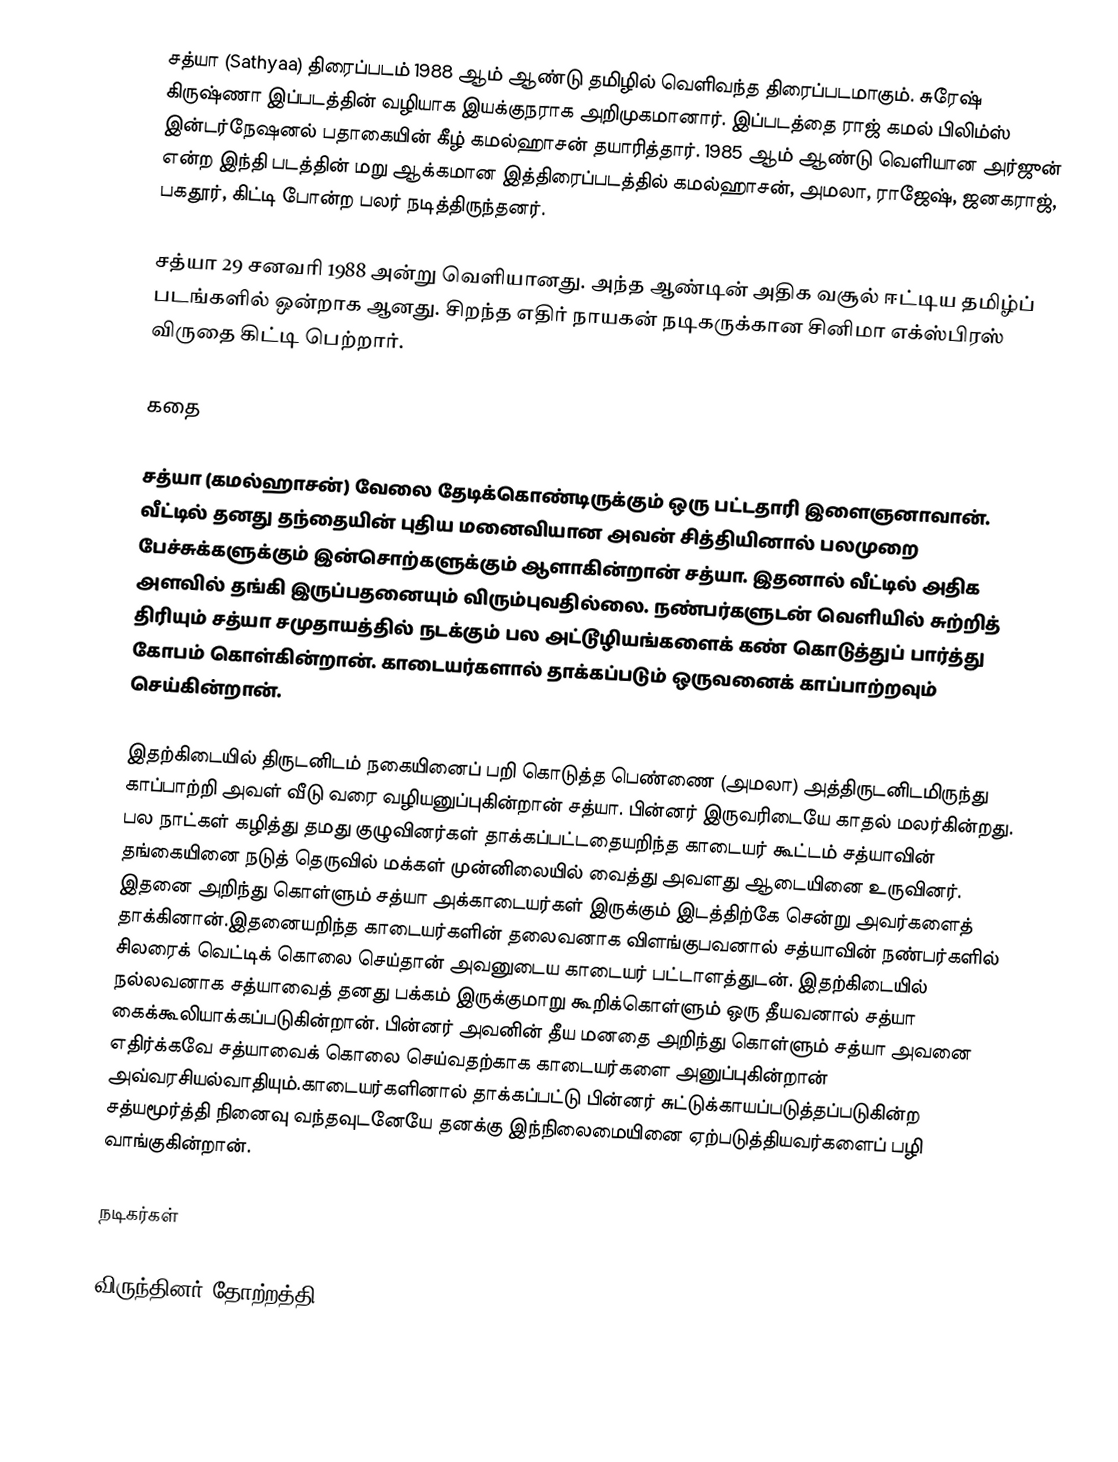
சத்யா (Sathyaa) திரைப்படம் 1988 ஆம் ஆண்டு தமிழில் வெளிவந்த திரைப்படமாகும். சுரேஷ் கிருஷ்ணா இப்படத்தின் வழியாக இயக்குநராக அறிமுகமானார். இப்படத்தை ராஜ் கமல் பிலிம்ஸ் இன்டர்நேஷனல் பதாகையின் கீழ்  கமல்ஹாசன் தயாரித்தார். 1985 ஆம் ஆண்டு வெளியான அர்ஜுன் என்ற இந்தி படத்தின் மறு ஆக்கமான  இத்திரைப்படத்தில் கமல்ஹாசன், அமலா, ராஜேஷ், ஜனகராஜ், பகதூர், கிட்டி போன்ற பலர் நடித்திருந்தனர்.

சத்யா 29 சனவரி 1988 அன்று வெளியானது.  அந்த ஆண்டின் அதிக வசூல் ஈட்டிய தமிழ்ப் படங்களில் ஒன்றாக ஆனது. சிறந்த எதிர் நாயகன் நடிகருக்கான சினிமா எக்ஸ்பிரஸ் விருதை கிட்டி பெற்றார்.

கதை

சத்யா (கமல்ஹாசன்) வேலை தேடிக்கொண்டிருக்கும் ஒரு பட்டதாரி இளைஞனாவான். வீட்டில் தனது தந்தையின் புதிய மனைவியான அவன் சித்தியினால் பலமுறை பேச்சுக்களுக்கும் இன்சொற்களுக்கும் ஆளாகின்றான் சத்யா. இதனால் வீட்டில் அதிக அளவில் தங்கி இருப்பதனையும் விரும்புவதில்லை. நண்பர்களுடன் வெளியில் சுற்றித் திரியும் சத்யா சமுதாயத்தில் நடக்கும் பல அட்டூழியங்களைக் கண் கொடுத்துப் பார்த்து கோபம் கொள்கின்றான். காடையர்களால் தாக்கப்படும் ஒருவனைக் காப்பாற்றவும் செய்கின்றான்.

இதற்கிடையில் திருடனிடம் நகையினைப் பறி கொடுத்த பெண்ணை (அமலா) அத்திருடனிடமிருந்து காப்பாற்றி அவள் வீடு வரை வழியனுப்புகின்றான் சத்யா. பின்னர் இருவரிடையே காதல் மலர்கின்றது. பல நாட்கள் கழித்து தமது குழுவினர்கள் தாக்கப்பட்டதையறிந்த காடையர் கூட்டம் சத்யாவின் தங்கையினை நடுத் தெருவில் மக்கள் முன்னிலையில் வைத்து அவளது ஆடையினை உருவினர். இதனை அறிந்து கொள்ளும் சத்யா அக்காடையர்கள் இருக்கும் இடத்திற்கே சென்று அவர்களைத் தாக்கினான்.இதனையறிந்த காடையர்களின் தலைவனாக விளங்குபவனால் சத்யாவின் நண்பர்களில் சிலரைக் வெட்டிக் கொலை செய்தான் அவனுடைய காடையர் பட்டாளத்துடன். இதற்கிடையில் நல்லவனாக சத்யாவைத் தனது பக்கம் இருக்குமாறு கூறிக்கொள்ளும் ஒரு தீயவனால் சத்யா கைக்கூலியாக்கப்படுகின்றான். பின்னர் அவனின் தீய மனதை அறிந்து கொள்ளும் சத்யா அவனை எதிர்க்கவே சத்யாவைக் கொலை செய்வதற்காக காடையர்களை அனுப்புகின்றான் அவ்வரசியல்வாதியும்.காடையர்களினால் தாக்கப்பட்டு பின்னர் சுட்டுக்காயப்படுத்தப்படுகின்ற சத்யமூர்த்தி நினைவு வந்தவுடனேயே தனக்கு இந்நிலைமையினை ஏற்படுத்தியவர்களைப் பழி வாங்குகின்றான்.

நடிகர்கள்

விருந்தினர் தோற்றத்தி